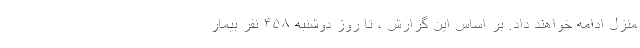
منزل ادامه خواهند داد. بر اساس این گزارش ، تا روز دوشنبه ۴۵۸ نفر بیمار